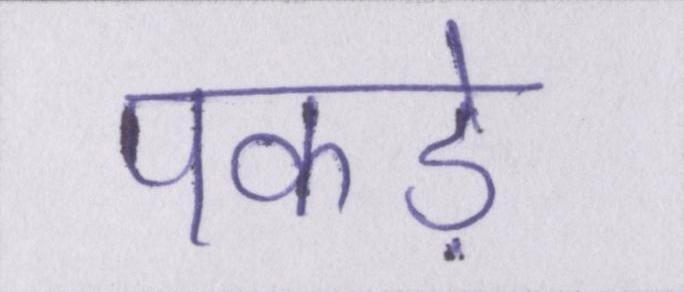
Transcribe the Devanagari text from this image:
पकड़े